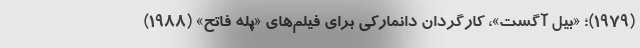
(۱۹۷۹)؛ «بیل آگست»، کارگردان دانمارکی برای فیلم‌های «پله فاتح» (۱۹۸۸)